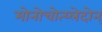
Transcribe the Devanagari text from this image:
मोनोचोत्य्लेदोन्